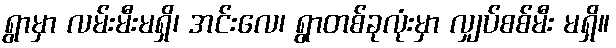
ရွာမှာ လမ်းမီးမရှိ၊ အင်းလေ၊ ရွာတစ်ခုလုံးမှာ လျှပ်စစ်မီး မရှိ။